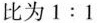
比为1:1